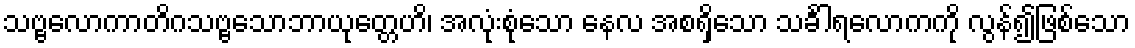
သဗ္ဗလောကာတိဂသဗ္ဗသောဘာယုတ္တေဟိ၊ အလုံးစုံသော နေလ အစရှိသော သင်္ခါရလောကကို လွန်၍ဖြစ်သော